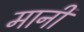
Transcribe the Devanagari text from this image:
मानीं